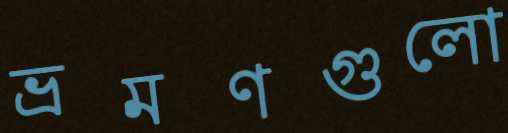
ভ্রমণগুলো